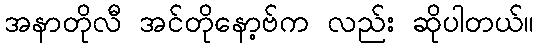
အနာတိုလီ အင်တိုနော့ဗ်က လည်း ဆိုပါတယ်။